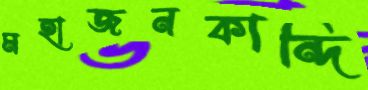
মহাজনকান্দি